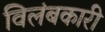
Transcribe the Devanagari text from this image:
विलंबकारी